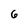
Character: 6